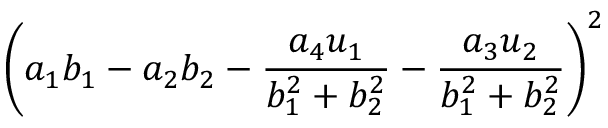
\left( a _ { 1 } b _ { 1 } - a _ { 2 } b _ { 2 } - { \frac { a _ { 4 } u _ { 1 } } { b _ { 1 } ^ { 2 } + b _ { 2 } ^ { 2 } } } - { \frac { a _ { 3 } u _ { 2 } } { b _ { 1 } ^ { 2 } + b _ { 2 } ^ { 2 } } } \right) ^ { 2 }